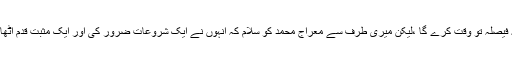
یہ فیصلہ تو وقت کرے گا ،لیکن میری طرف سے معراج محمد کو سلام کہ انہوں نے ایک شروعات ضرور کی اور ایک مثبت قدم اٹھایا۔